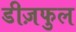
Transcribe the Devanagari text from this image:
डीज़फुल